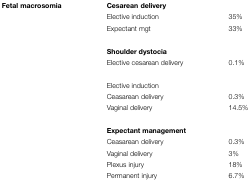
<table><thead></thead><tbody><tr><td><b>Fetal macrosomia</b></td><td colspan="2"><b>Cesarean delivery</b></td></tr><tr><td></td><td>Elective induction</td><td>35%</td></tr><tr><td></td><td>Expectant mgt</td><td>33%</td></tr><tr><td></td><td colspan="2"><b>Shoulder dystocia</b></td></tr><tr><td></td><td>Elective cesarean delivery</td><td>0.1%</td></tr><tr><td></td><td colspan="2">Elective induction</td></tr><tr><td></td><td>Ceasarean delivery</td><td>0.3%</td></tr><tr><td></td><td>Vaginal delivery</td><td>14.5%</td></tr><tr><td></td><td colspan="2"><b>Expectant management</b></td></tr><tr><td></td><td>Ceasarean delivery</td><td>0.3%</td></tr><tr><td></td><td>Vaginal delivery</td><td>3%</td></tr><tr><td></td><td>Plexus injury</td><td>18%</td></tr><tr><td></td><td>Permanent injury</td><td>6.7%</td></tr></tbody></table>